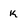
Character: K